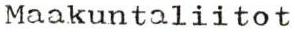
Maakuntaliitot